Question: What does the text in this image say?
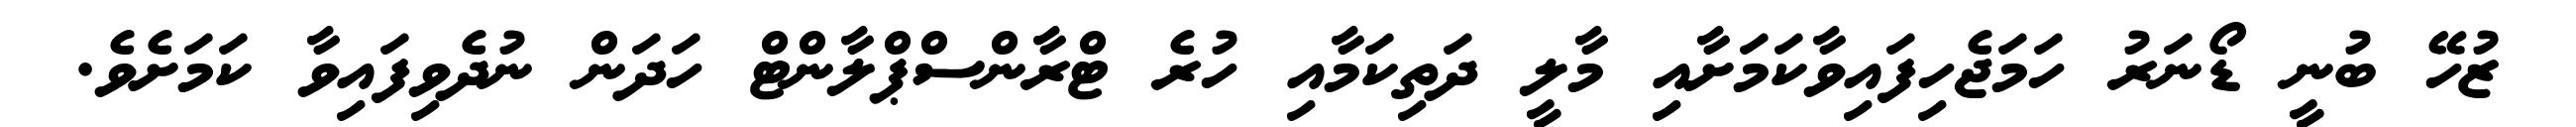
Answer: ޒުހޭ ބުނީ ޑޯނަރު ހަމަޖެހިފައިވާކަމަށާއި މާލީ ދަތިކަމާއި ހުރެ ޓްރާންސްޕްލާންޓް ހަދަން ނުދެވިފައިވާ ކަމަށެވެ.